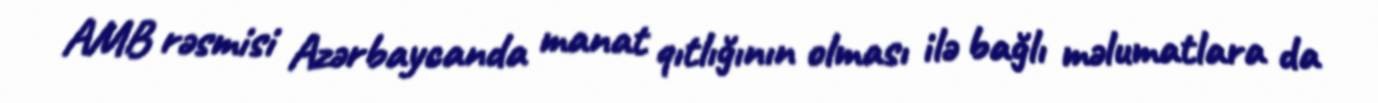
AMB rəsmisi Azərbaycanda manat qıtlığının olması ilə bağlı məlumatlara da